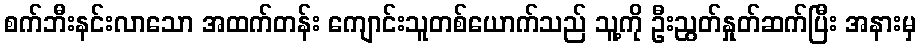
စက်ဘီးနင်းလာသော အထက်တန်း ကျောင်းသူတစ်ယောက်သည် သူ့ကို ဦးညွတ်နှုတ်ဆက်ပြီး အနားမှ